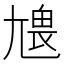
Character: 𡯹